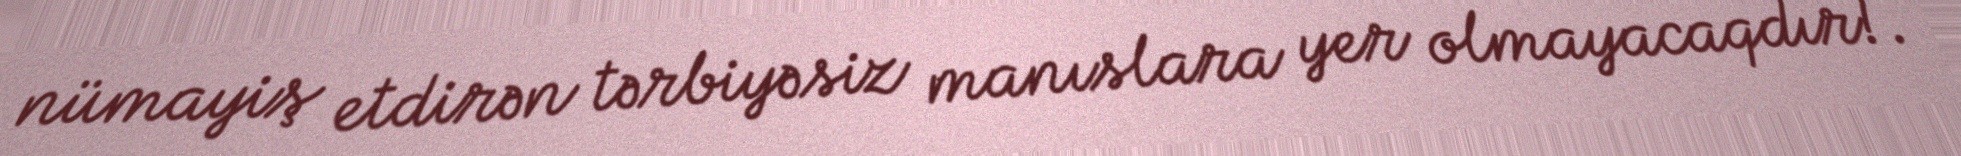
nümayiş etdirən tərbiyəsiz manıslara yer olmayacaqdır!.